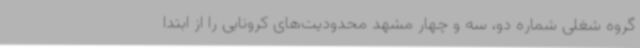
گروه شغلی شماره دو، سه و چهار مشهد محدودیت‌های کرونایی را از ابتدا